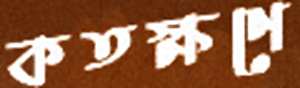
কতক্ষণে